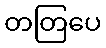
တတြပေ